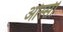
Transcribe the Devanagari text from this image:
ओस्सी